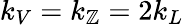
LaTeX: k_{V}=k_{\mathbb{Z}}=2k_{L}